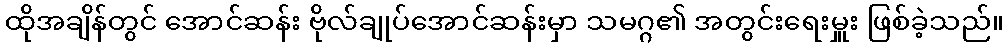
ထိုအချိန်တွင် အောင်ဆန်း ဗိုလ်ချုပ်အောင်ဆန်းမှာ သမဂ္ဂ၏ အတွင်းရေးမှူး ဖြစ်ခဲ့သည်။